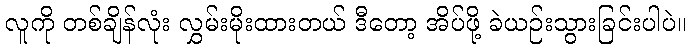
လူကို တစ်ချိန်လုံး လွှမ်းမိုးထားတယ် ဒီတော့ အိပ်ဖို့ ခဲယဉ်းသွားခြင်းပါပဲ။